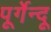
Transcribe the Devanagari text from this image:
पूर्गेन्दू